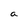
Character: a